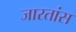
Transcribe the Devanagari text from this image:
जारतांस